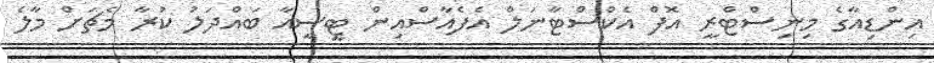
އިންޑިއާގެ މިނިސްޓްރީ އޮފް އެކްސްޓާނަލް އެފެއާސްއިން ޓީސީއާ ބައްދަލު ކުރާ މެޗަށް މާލެ